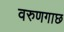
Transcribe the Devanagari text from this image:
वरुणगाछ